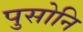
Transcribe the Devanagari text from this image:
पुसोनि